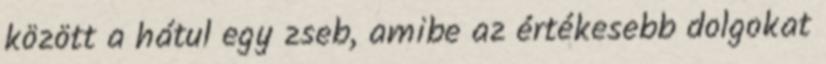
között a hátul egy zseb, amibe az értékesebb dolgokat